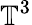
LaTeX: \mathbb{T}^{3}